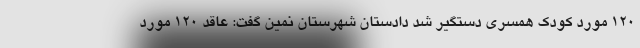
۱۲۰ مورد کودک همسری دستگیر شد دادستان شهرستان نمین گفت: عاقد ۱۲۰ مورد